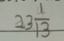
2 3 \frac { 1 } { 1 3 }